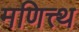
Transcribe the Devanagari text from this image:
मणित्त्थ